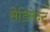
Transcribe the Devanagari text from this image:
सेडिमेन्ट